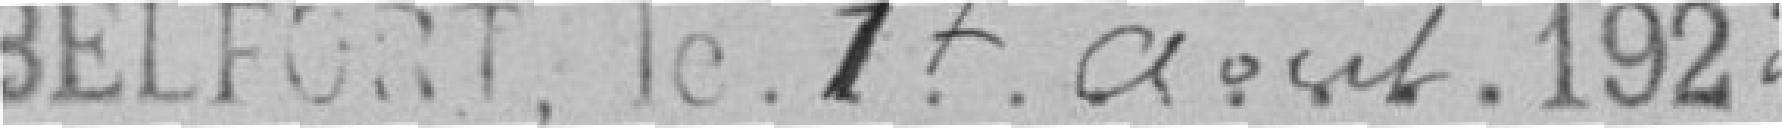
Belfort, le 17 août 1922